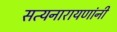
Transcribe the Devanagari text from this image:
सत्यनारायणांनी